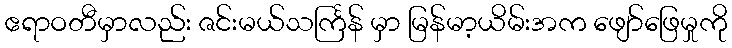
ဧရာဝတီမှာလည်း ဇင်းမယ်သင်္ကြန် မှာ မြန်မာ့ယိမ်းအက ဖျော်ဖြေမှုကို